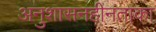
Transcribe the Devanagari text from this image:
अनुशासनहीनताका